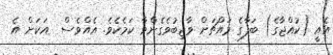
އެއީ (ކުއްޖާގެ) ބަފާގެ މައްޗަށް ވާޖިބުވެގެންވާ ކަމެކެވެ. އެއްވެސް  އަކަށް އެ